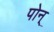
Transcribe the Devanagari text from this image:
पोन्